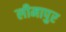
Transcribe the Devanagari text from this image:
लीमापुर